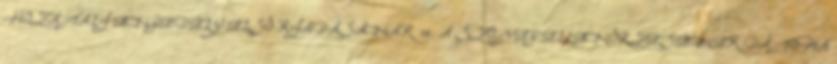
HOZATALI ENGEDÉLY ELSŐ KIADÁSÁNAK 10. A SZÖVEG ELLENŐRZÉSÉNEK DÁTUMA